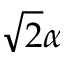
\sqrt { 2 } \alpha